Annual report on the Civil Veterinary Department, Burma (including the Insein Veterinary School) - 1932-1941
Year: 1932
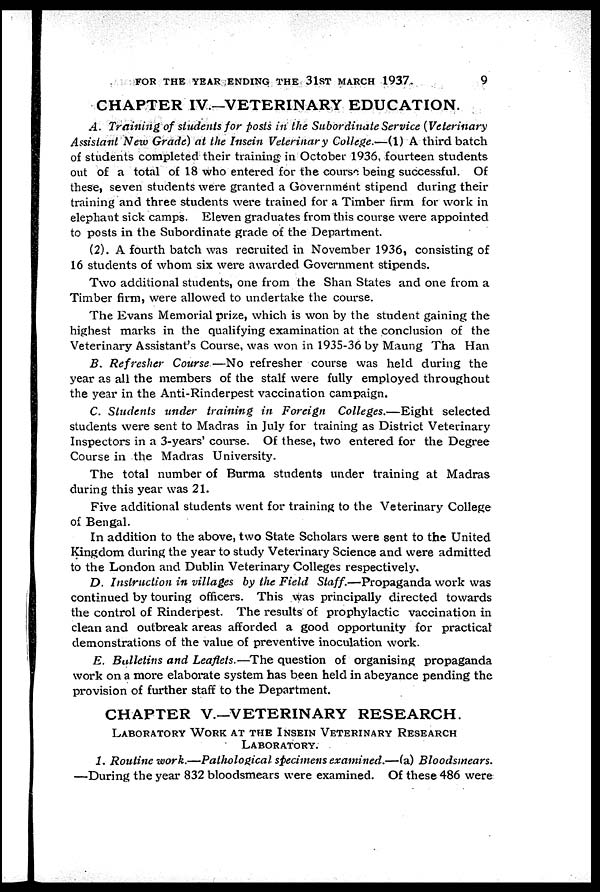
FOR THE YEAR ENDING THE 3lST MARCH 1937.
9
CHAPTER IV—VETERINARY EDUCATION.
A. Training of students for posts in the Subordinate Service (Veterinary
Assistant New Grade) at the Insein Veterinary College.—(1) A third batch
of students completed their training in October 1936, fourteen students
out of a total of 18 who entered for the course being successful. Of
these, seven students were granted a Government stipend during their
training and three students were trained for a Timber firm for work in
elephant sick camps. Eleven graduates from this course were appointed
to posts in the Subordinate grade of the Department.
(2). A fourth batch was recruited in November 1936, consisting of
16 students of whom six were awarded Government stipends.
Two additional students, one from the Shan States and one from a
Timber firm, were allowed to undertake the course.
The Evans Memorial prize, which is won by the student gaining the
highest marks in the qualifying examination at the conclusion of the
Veterinary Assistant's Course, was won in 1935-36 by Maung Tha Han
B. Refresher
Course —No refresher course was held during the
year as all the members of the stalf were fully employed throughout
the year in the Anti-Rinderpest vaccination campaign.
C. Students under training in Foreign
Colleges.—Eight
selected
students were sent to Madras in July for training as District Veterinary
Inspectors in a 3-years' course. Of these, two entered for the Degree
Course in the Madras University.
The total number of Burma students under training at Madras
during this year was 21.
Five additional students went for training to the Veterinary College
of Bengal.
In addition to the above, two State Scholars were sent to the United
Kingdom during the year to study Veterinary Science and were admitted
to the London and Dublin Veterinary Colleges respectively.
D. Instruction in villages by the Field Staff.—Propaganda
work was
continued by touring officers. This was principally directed towards
the control of Rinderpest. The results of prophylactic vaccination in
clean and outbreak areas afforded a good opportunity for practical
demonstrations of the value of preventive inoculation work.
E. Bulletins and Leaflets.—The question of organising propaganda
work on a more elaborate system has been held in abeyance pending the
provision of further staff to the Department.
CHAPTER V.—VETERINARY RESEARCH.
LABORATORY WORK AT THE INSEIN VETERINARY RESEARCH.
LABORATORY.
1. Routine work.—Pathological
specimens examined.—(a)
Bloodsmears.
—During the year 832 bloodsmears were examined. Of these 486 were